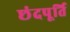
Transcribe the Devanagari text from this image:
छंदपूर्ति